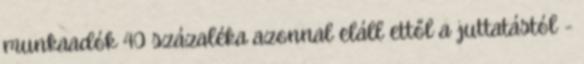
munkaadók 40 százaléka azonnal eláll ettől a juttatástól -